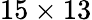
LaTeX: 15\times 13